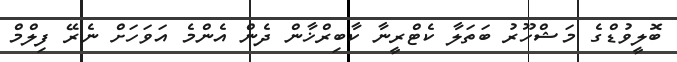
ބޮލީވުޑްގެ މަޝްހޫރު ބަތަލާ ކެޓްރީނާ ކާބިރްޚާން ދެން އެންމެ އަވަހަށް ނެރޭ ފިލްމް